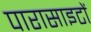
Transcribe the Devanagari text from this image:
पारासाइटों